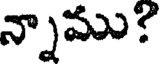
న్నాము?